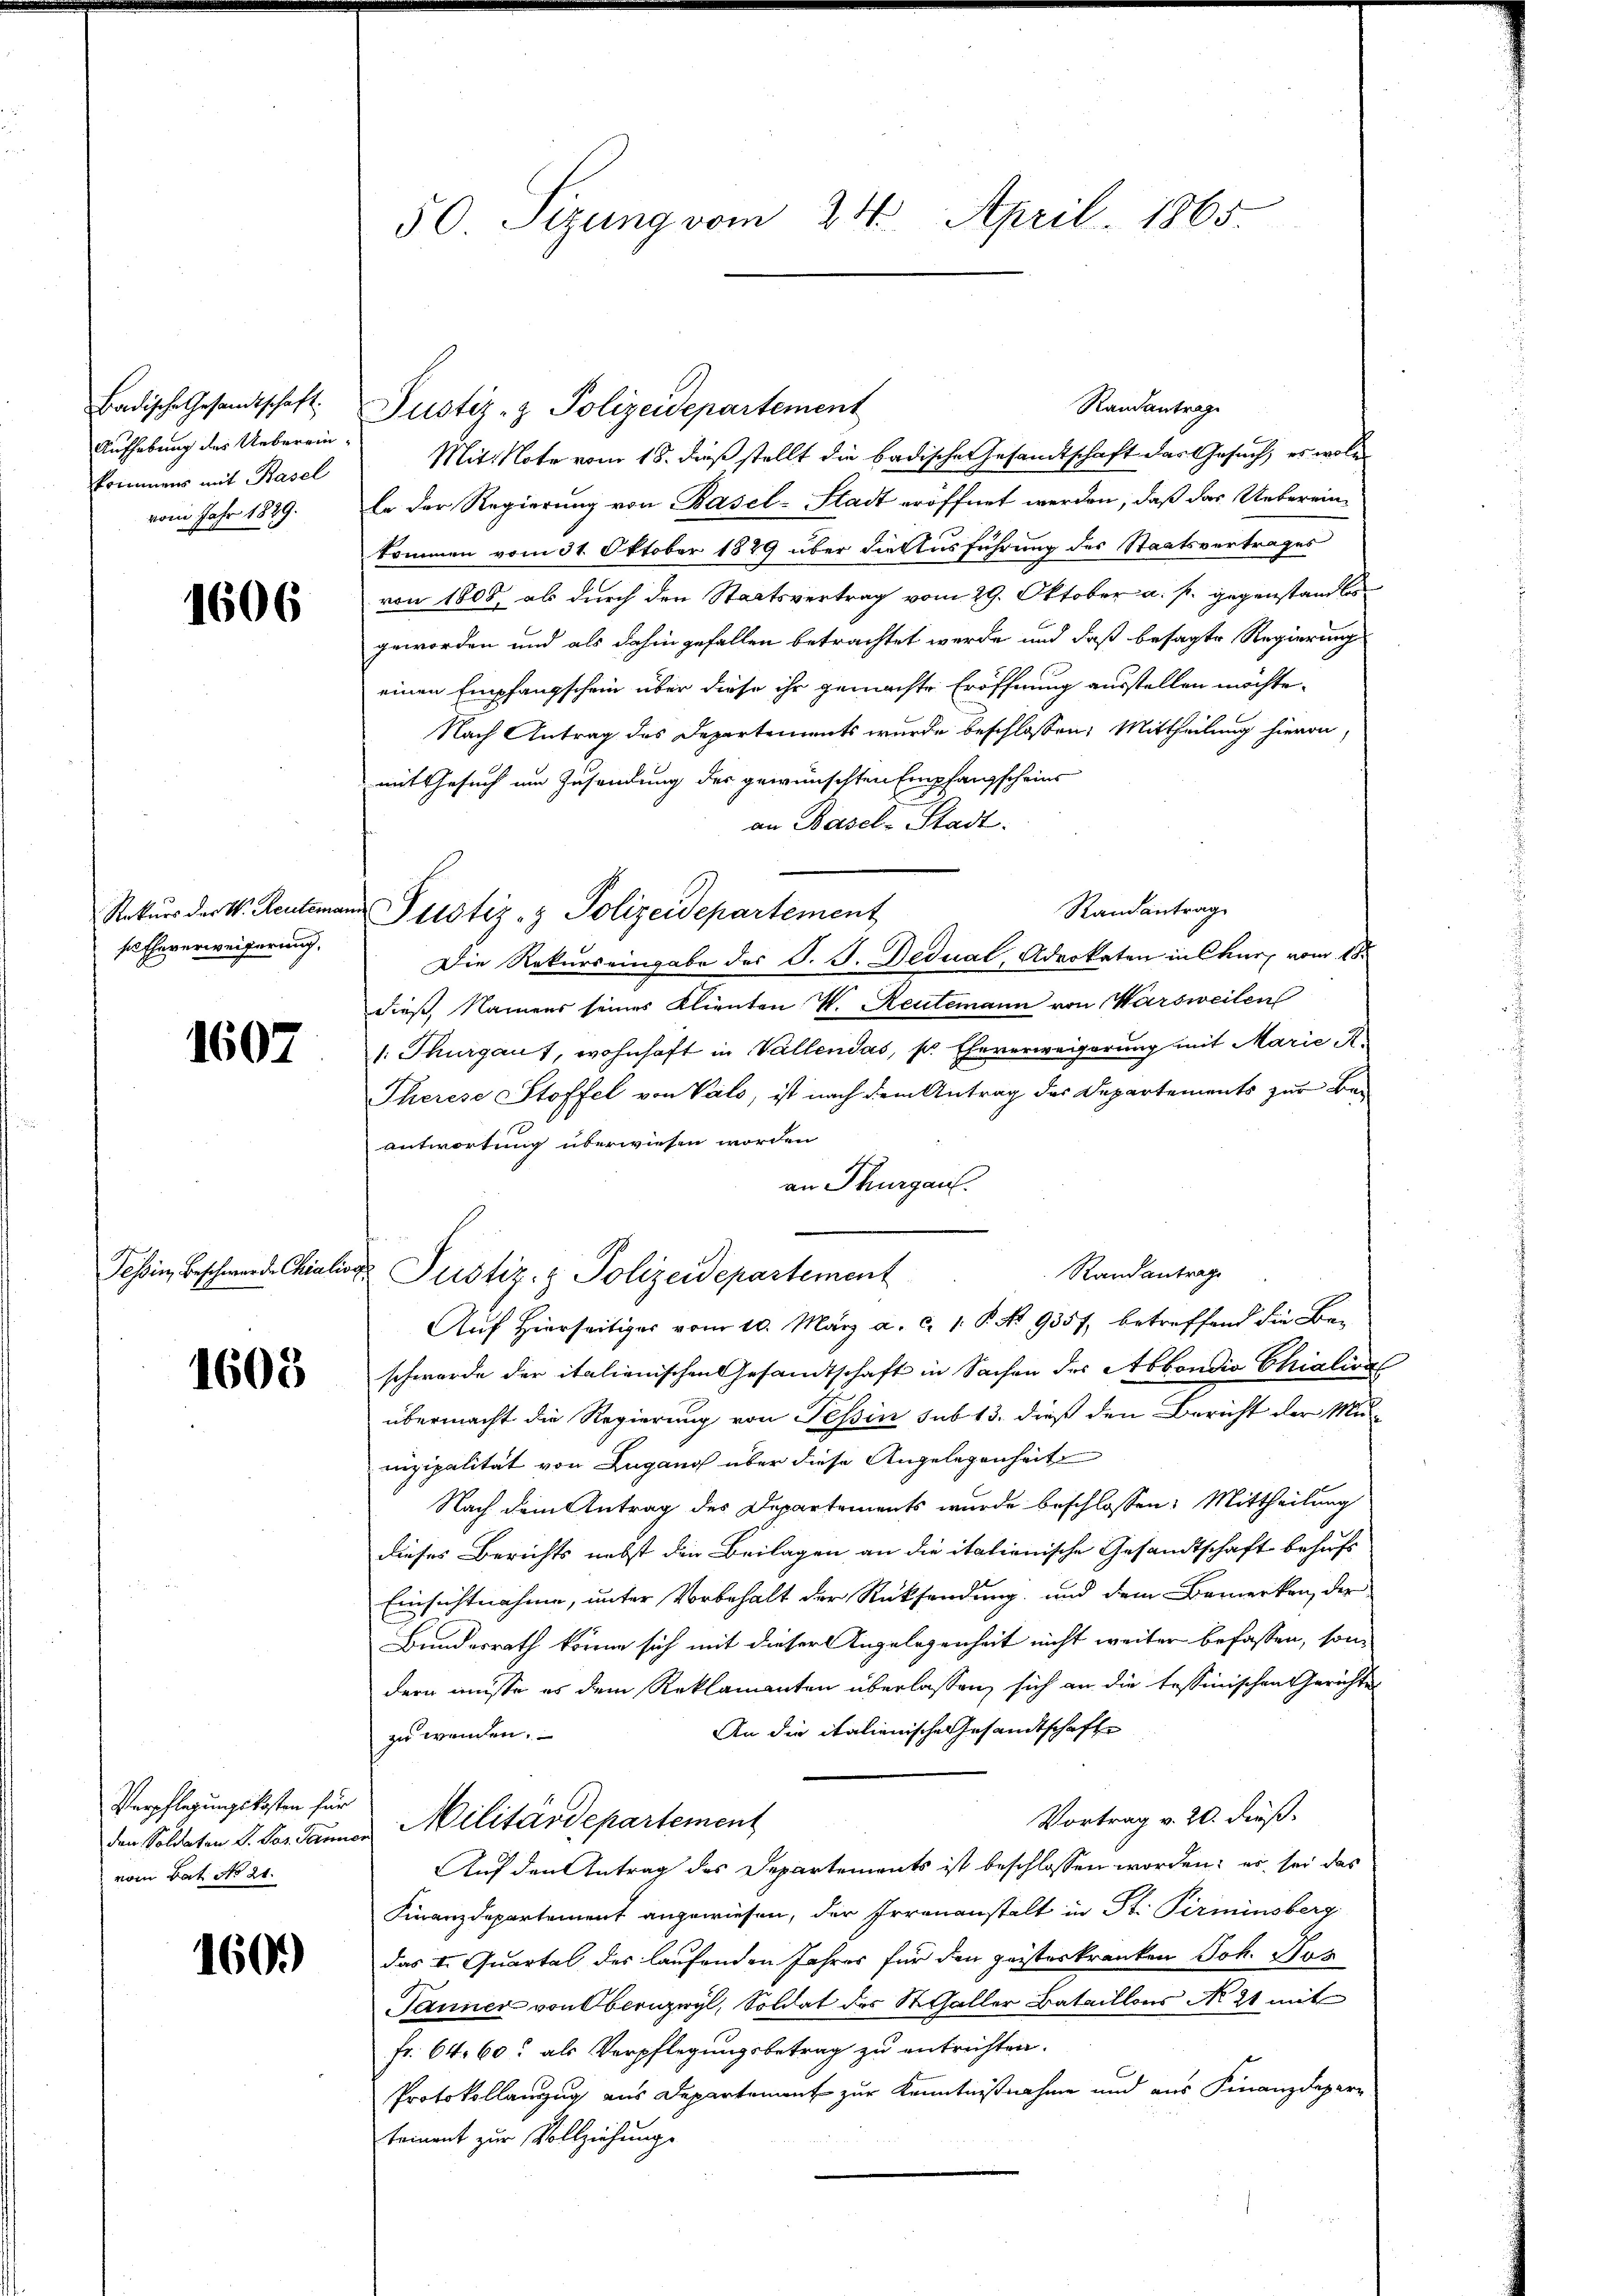
Badische Gesandtschaft.
Aufhebung des Uebereinkommens mit Basel
vom Jahr 1829.

1606

ses Eheverweiserung,

1607

Tessin, Beschwerden Chialisa

1605

Verpflegungskosten für
vom Bat. No 21.

1609

50 Sizung vom 24. April 1865

Justiz- & Polizeidepartement
Mit Note vom 18. dieß stellt die badische Gesamtschaft des Gesuch, es woll
Er der Regierung von Basel-Stadt eröffnet werden, daß das Uebereinkommen vom 31. Oktober 1889 über die Ausführung des Staatsvertrages
von 1808, als durch den Staatsvertrag vom 29. Oktober a. f. gegenstandtis
geworden und als dahingefallen betrachtet werde und daß besagte Regierung
einen Empfangschein über diese ihr gemachte Eröffnung ausstellen möchte.
Nach Antrag des Departements wurde beschlossen: Mittheilung hievon
mit Gesuch um Zusendung des gewünschten Empfangscheins
an Basel-Stadt.
Randantrag
Die Rekurs eingabe des S. J. Dedual, Aderkaten in Chur vom 18.
dieß, Namens seines Klienten W. Rentemann von Warsweilen
s: Thurgaus, wohnhaft in Vallendas, s. Eheverweigerung mit Marie K.
Therese Stoffel von Vals, ist nach dem Antrag des Departements zur Beantwortung überwiesen worden
an Thurgau.
Randantrage
Auf hierseitiges vom 10. März a. c. 1. P. No 9357, betreffend die Be-
schwerde der italienischen Gesandtschaft in Sachen des Abbondio Chialisa
übermacht die Regierung von Tessin sub 13. dieß den Bericht der Mu-
unizipalität von Lugang über diese Angelegenheit
Nach dem Antrag des Departements wurde beschlossen: Mittheilung
dieses Berichts nebst den Beilagen an die italienische Gesandtschaft behufs
Einsichtnahme, unter Vorbehalt der Rücksendung und dem Bemerken, der
Bundesrath könne sich mit dieser Angelegenheit nicht weiter befassen, son
dern müsse es dem Reklamanten überlassen, sich an die tessinischen Gerichtes
An die italienische Gesandtschafte
zu wenden.
Vortrag v. 20. dieß.
den Soldaten d. Sodanner Militärdepartement
Auf den Antrag des Departements ist beschlossen worden; es sei das
Finanzdepartement angewiesen, der Irrenanstalt in St. Pirminsberg
das I. Quartal des laufenden Jahres für den geisterkranken Joh. Hor
Tanner von Obernzwyl, Soldat des St. Galler Bataillons No 21 mit
fr. 64. 60. als Verpflegungsbetrag zu entrichten.
Protokollauszug aus Departenant zur Kenntnißnahme und aus Finanzdepartement zur Vollziehungs

Rekŭrs der V. Rentemand Postiz- & Polizeidepartement

Justiz- & Polizeidepartement

Randantrage